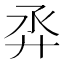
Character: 𢌼